Source: Handwritten
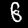
Digit: ၆ (6)